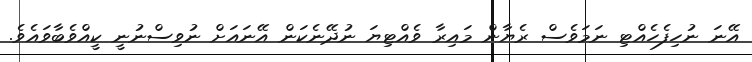
އޭނަ ނުހިފެހެއްޓި ނަމަވެސް ރެޔާން މައިރާ ވެއްޓިޔަ ނުދޭނެކަން އޭނައަށް ނުވިސްނުނީ ކީއްވެބާވައެވެ.